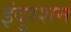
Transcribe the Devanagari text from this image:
इंदुरशन